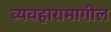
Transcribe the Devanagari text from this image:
व्यवहारामागील